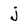
Character: j